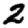
Digit: 2